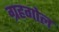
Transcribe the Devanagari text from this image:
ग्रहगोल